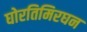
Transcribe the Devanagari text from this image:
घोरतिमिरघन